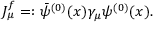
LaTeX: J _ { \mu } ^ { f } = : { \bar { \psi } } ^ { ( 0 ) } ( x ) \gamma _ { \mu } \psi ^ { ( 0 ) } ( x ) .